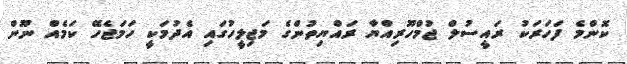
ކޮންމެ ފަހަރަކު ރައީސުލް ޖުމްހޫރިއްޔާ ރައްޔިތުންގެ މަޖިލީހުގައި އެދުމަކީ ހަމަޖެހޭ ކަމެއް ނޫން